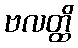
ဗလတ္ထိ